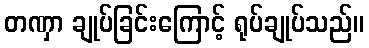
တဏှာ ချုပ်ခြင်းကြောင့် ရုပ်ချုပ်သည်။